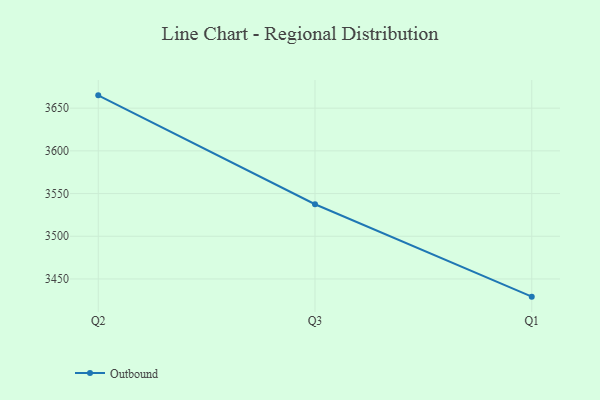
{"axis": {"x": "Quarter", "y": "Waste Production (Tons)"}, "legend": ["Outbound"], "data": [{"x": "Q2", "y": 3665.0, "type": "Outbound"}, {"x": "Q3", "y": 3537.5, "type": "Outbound"}, {"x": "Q1", "y": 3429.3, "type": "Outbound"}]}